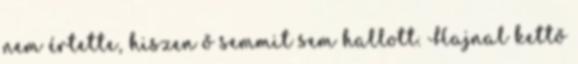
nem értette, hiszen ő semmit sem hallott. Hajnal kettő